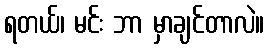
ရတယ်၊ မင်း ဘာ မှာချင်တာလဲ။